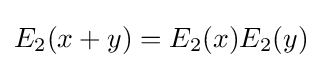
{\textstyle E_{2}(x+y)=E_{2}(x)E_{2}(y)}